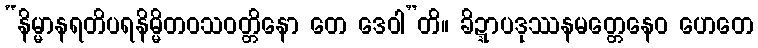
“နိမ္မာနရတိပရနိမ္မိတဝသဝတ္တိနော တေ ဒေဝါ”တိ။ ခိဍ္ဍာပဒုဿနမတ္တေနေဝ ဟေတေ